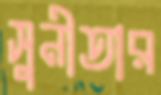
সুনীতার